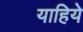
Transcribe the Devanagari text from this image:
याहिये